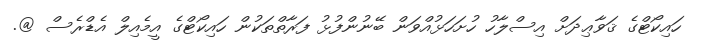
ހައިކޯޓްގެ ޤަވާޢިދަށް އިސްލާހު ހުށަހަޅުއްވަން ބޭނުންފުޅު ފަރާތްތަކުން ހައިކޯޓްގެ އީމެއިލް އެޑްރެސް @.